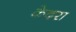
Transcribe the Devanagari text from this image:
केदरा